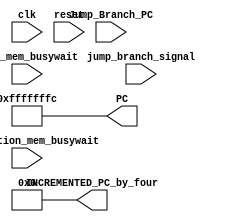
module instruction_fetch_module (
    clk,
    reset,
    instruction_mem_busywait,
    data_mem_busywait,
    jump_branch_signal,
    PC,
    INCREMENTED_PC_by_four,
    Jump_Branch_PC
);

output reg [31:0] PC, INCREMENTED_PC_by_four;
input wire clk, reset, instruction_mem_busywait, data_mem_busywait, jump_branch_signal;
input wire [31:0] Jump_Branch_PC;

wire busywait;


// busywait signal enable whenever data memmory busywait or instruction memory busywait enables
or(busywait,instruction_mem_busywait,data_mem_busywait);


always @(reset) begin //set the pc value depend on the reset to start the programme
    PC= -4;
end

// incrementing PC by 4 to get next PC value
always @(PC) begin
    #2                              //!adder delay
    INCREMENTED_PC_by_four = PC+4;
end


always @(posedge clk) begin    //update the pc value depend on the positive clock edge
    #2                         //!register write delay
    if(busywait == 1'b0)begin  //update the pc when only busywait is zero 
        case (jump_branch_signal)
            1'b1:begin
                PC = Jump_Branch_PC;
            end
            1'b0:begin
                PC = INCREMENTED_PC_by_four;
            end
        endcase
    end
end  
    
endmodule